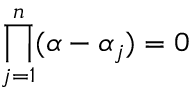
\prod _ { j = 1 } ^ { n } ( \alpha - \alpha _ { j } ) = 0 \,